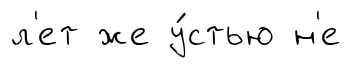
л'ет же у́стью н'е